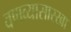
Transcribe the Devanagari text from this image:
वणव्यासारखा